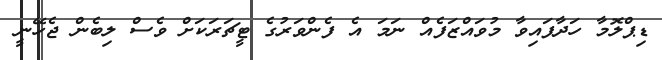
ޑިޕްލޮމާ ހަދާފައިވާ މުވައްޒަފެއް ނަމަ އެ ފެންވަރުގެ ޓީޗަރަކަށް ވެސް ލިބެން ޖެހޭނީ